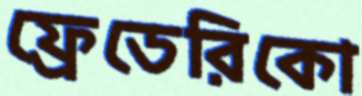
ফ্রেডেরিকো